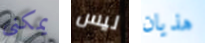
يمكنى ليس هذيان